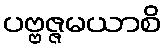
ပဗ္ဗဇ္ဇမယာစိ